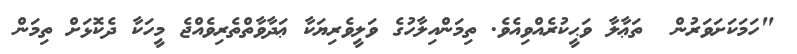
"ހަމަކަށަވަރުން  ތަޢާލާ ވަޙީކުރެއްވިއެވެ. ތިމަންއިލާހުގެ ވަލީވެރިޔަކާ ޢަދާވާތްތެރިވެއްޖެ މީހަކާ ދެކޮޅަށް ތިމަން